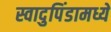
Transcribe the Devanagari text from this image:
स्वादुपिंडामध्ये